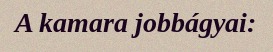
A kamara jobbágyai: